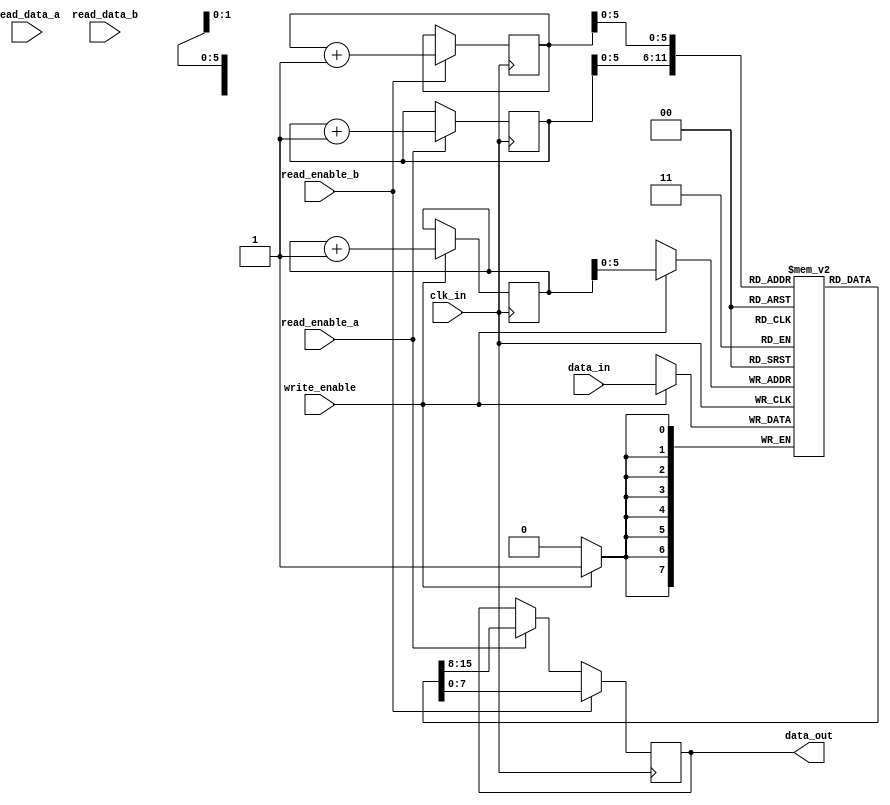
module dual_port_fifo (
  input wire clk_in,           // Input clock domain
  input wire [DATA_WIDTH-1:0] data_in,
  input wire write_enable,
  input wire [DATA_WIDTH-1:0] read_data_a,
  input wire [DATA_WIDTH-1:0] read_data_b,
  output reg [DATA_WIDTH-1:0] data_out,
  input wire read_enable_a,
  input wire read_enable_b
);

parameter DATA_WIDTH = 8;
parameter DEPTH = 64;

reg [DATA_WIDTH-1:0] fifo[DEPTH-1:0];
reg [6:0] write_pointer, read_pointer_a, read_pointer_b;

always @(posedge clk_in) begin
  if (write_enable) begin
    fifo[write_pointer] <= data_in;
    write_pointer <= write_pointer + 1;
  end
  
  if (read_enable_a) begin
    data_out <= fifo[read_pointer_a];
    read_pointer_a <= read_pointer_a + 1;
  end
  
  if (read_enable_b) begin
    data_out <= fifo[read_pointer_b];
    read_pointer_b <= read_pointer_b + 1;
  end
end

endmodule